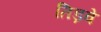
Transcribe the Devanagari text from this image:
तिड़वे